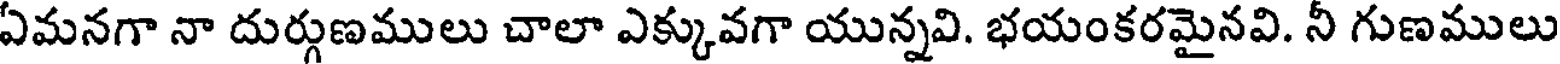
ఏమనగా నా దుర్గుణములు చాలా ఎక్కువగా యున్నవి. భయంకరమైనవి. నీ గుణములు